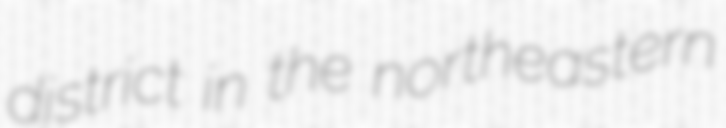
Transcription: district in the northeastern